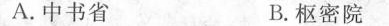
A.中书省 B.枢密院